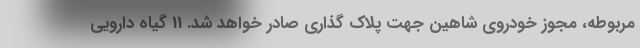
مربوطه، مجوز خودروي شاهين جهت پلاك گذاري صادر خواهد شد. 11 گیاه دارویی